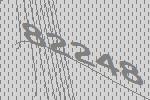
82248